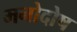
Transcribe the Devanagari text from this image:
मनोदोष